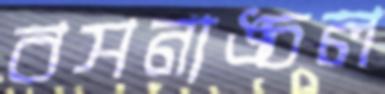
বসনাঙ্চল